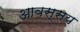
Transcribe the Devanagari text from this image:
आवस्सय